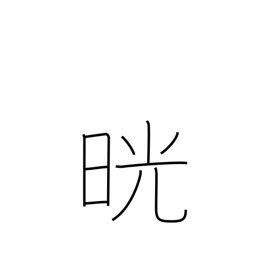
Meaning: clear